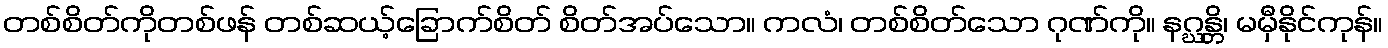
တစ်စိတ်ကိုတစ်ဖန် တစ်ဆယ့်ခြောက်စိတ် စိတ်အပ်သော။ ကလံ၊ တစ်စိတ်သော ဂုဏ်ကို။ နဂ္ဃန္တိ၊ မမှီနိုင်ကုန်။